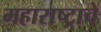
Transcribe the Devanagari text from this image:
महाराष्‍ट्राचे